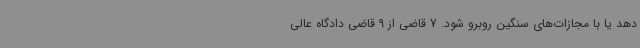
دهد یا با مجازات‌های سنگین روبرو شود. 7 قاضی از 9 قاضی دادگاه عالی